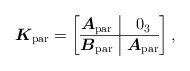
\begin{gather*}\boldsymbol{K}_{\rm par}=\left[\begin{array}{@{}c|c@{}}\boldsymbol{A}_{\rm par} &0_3 \\ \hline \boldsymbol{B}_{\rm par}&\boldsymbol{A}_{\rm par}\\ \end{array}\right ],\end{gather*}